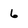
Character: 6